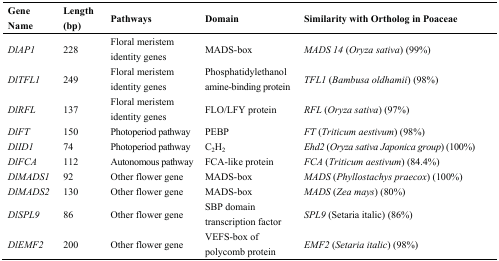
<table><thead><tr><td><b>Gene Name</b></td><td><b>Length (bp)</b></td><td><b>Pathways</b></td><td><b>Domain</b></td><td><b>Similarity with Ortholog in Poaceae</b></td></tr></thead><tbody><tr><td><i>DlAP1</i></td><td>228</td><td>Floral meristem identity genes</td><td>MADS-box </td><td><i>MADS 14</i> (<i>Oryza sativa</i>) (99%)</td></tr><tr><td><i>DlTFL1</i></td><td>249</td><td>Floral meristem identity genes</td><td>Phosphatidylethanolamine-binding protein</td><td><i>TFL1</i> (<i>Bambusa oldhamii</i>) (98%)</td></tr><tr><td><i>DlRFL</i></td><td>137</td><td>Floral meristem identity genes</td><td>FLO/LFY protein</td><td><i>RFL</i> (<i>Oryza sativa</i>) (97%)</td></tr><tr><td><i>DlFT</i></td><td>150</td><td>Photoperiod pathway</td><td>PEBP</td><td><i>FT</i> (<i>Triticum aestivum</i>) (98%)</td></tr><tr><td><i>DlID1</i></td><td>74</td><td>Photoperiod pathway</td><td>C<sub>2</sub>H<sub>2</sub></td><td><i>Ehd2</i> (<i>Oryza sativa Japonica group</i>) (100%)</td></tr><tr><td><i>DlFCA</i></td><td>112</td><td>Autonomous pathway</td><td>FCA-like protein</td><td><i>FCA</i> (<i>Triticum aestivum</i>) (84.4%)</td></tr><tr><td><i>DlMADS1</i></td><td>92</td><td>Other flower gene</td><td>MADS-box</td><td><i>MADS</i> (<i>Phyllostachys praecox</i>) (100%)</td></tr><tr><td><i>DlMADS2</i></td><td>130</td><td>Other flower gene</td><td>MADS-box</td><td><i>MADS</i> (<i>Zea mays</i>) (80%)</td></tr><tr><td><i>DlSPL9</i></td><td>86</td><td>Other flower gene</td><td>SBP domain transcription factor</td><td><i>SPL9</i> (Setaria italic) (86%)</td></tr><tr><td><i>DlEMF2</i></td><td>200</td><td>Other flower gene</td><td>VEFS-box of polycomb protein</td><td><i>EMF2</i> (<i>Setaria italic</i>) (98%)</td></tr></tbody></table>